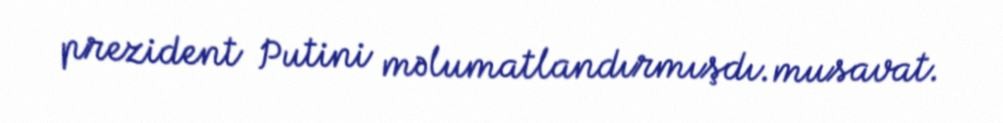
prezident Putini məlumatlandırmışdı.musavat.